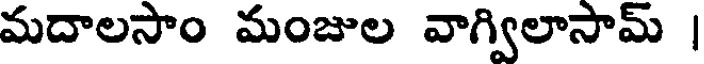
మదాలసాం మంజుల వాగ్విలాసామ్ |